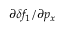
\partial \delta f _ { 1 } / \partial p _ { x }